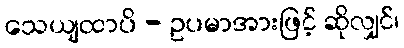
သေယျထာပိ - ဥပမာအားဖြင့် ဆိုလျှင်၊